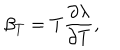
LaTeX: \beta _ { T } = T \frac { \partial \lambda } { \partial T } ,